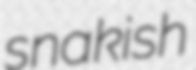
snakish